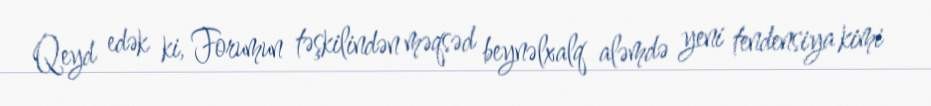
Qeyd edək ki, Forumun təşkilindən məqsəd beynəlxalq aləmdə yeni tendensiya kimi